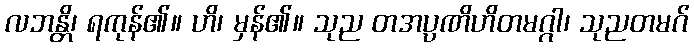
လဘန္တိ၊ ရကုန်၏။ ဟိ၊ မှန်၏။ သုည တအပ္ပဏိဟိတမဂ္ဂါ၊ သုညတမဂ်